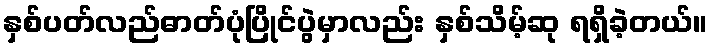
နှစ်ပတ်လည်ဓာတ်ပုံပြိုင်ပွဲမှာလည်း နှစ်သိမ့်ဆု ရရှိခဲ့တယ်။